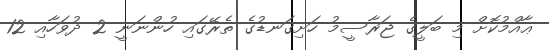
ޢާއްމުކޮށް މި ބަލީގެ ޖަރާސީމު ހަށިގަނޑުގެ ތެރޭގައި ހުންނަނީ 2 ދުވަހާއި 12